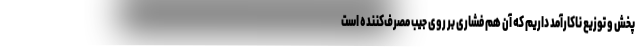
پخش و توزیع ناکارآمد داریم که آن هم فشاری بر روی جیب مصرف‌کننده است